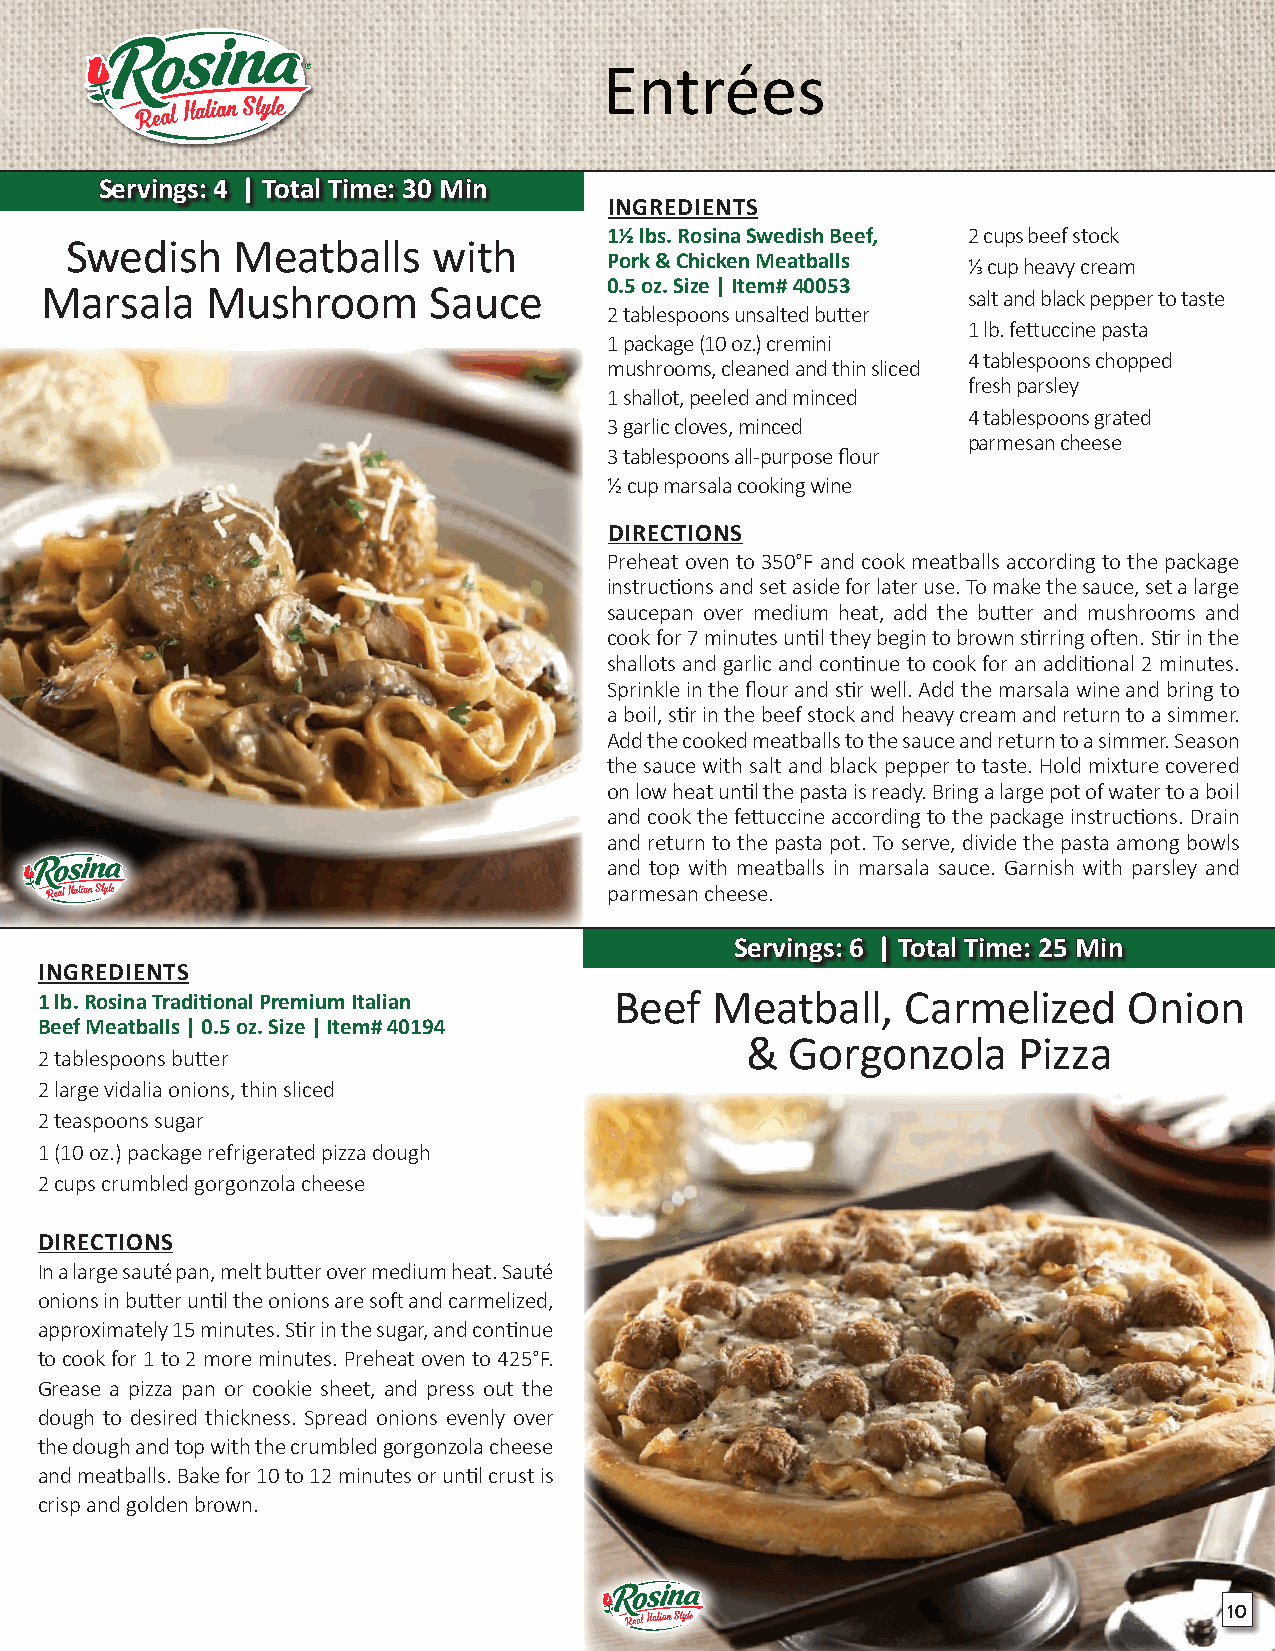
Entrées
 SSeerrvviinnggss:: 44 || TToottaall TTiimmee:: 3300 MMiinn
 INGREDIENTS
 1½ lbs. Rosina Swedish Beef, 2 cups beef stock
 Swedish    Meatballs     with
 Pork & Chicken Meatballs ⅓ cup heavy cream
 0.5 oz. Size | Item# 40053
 Marsala    Mushroom      Sauce                               salt and black pepper to taste
 2 tablespoons unsalted butter
 1 lb. fettuccine pasta
 1 package (10 oz.) cremini
 4 tablespoons chopped
 mushrooms, cleaned and thin sliced
 fresh parsley
 1 shallot, peeled and minced
 4 tablespoons grated
 3 garlic cloves, minced
 parmesan cheese
 3 tablespoons all-purpose flour
 ½ cup marsala cooking wine
 DIRECTIONS
 Preheat oven to 350°F and cook meatballs according to the package
 instructions and set aside for later use. To make the sauce, set a large
 saucepan over medium heat, add the butter and mushrooms and
 cook for 7 minutes until they begin to brown stirring often. Stir in the
 shallots and garlic and continue to cook for an additional 2 minutes.
 Sprinkle in the flour and stir well. Add the marsala wine and bring to
 a boil, stir in the beef stock and heavy cream and return to a simmer.
 Add the cooked meatballs to the sauce and return to a simmer. Season
 the sauce with salt and black pepper to taste. Hold mixture covered
 on low heat until the pasta is ready. Bring a large pot of water to a boil
 and cook the fettuccine according to the package instructions. Drain
 and return to the pasta pot. To serve, divide the pasta among bowls
 and top with meatballs in marsala sauce. Garnish with parsley and
 parmesan cheese.
 SSeerrvviinnggss:: 66 || TToottaall TTiimmee:: 2255 MMiinn
 INGREDIENTS
 1 lb. Rosina Traditional Premium Italian Beef Meatball,   Carmelized     Onion
 Beef Meatballs | 0.5 oz. Size | Item# 40194
 &  Gorgonzola     Pizza
 2 tablespoons butter
 2 large vidalia onions, thin sliced
 2 teaspoons sugar
 1 (10 oz.) package refrigerated pizza dough
 2 cups crumbled gorgonzola cheese
 DIRECTIONS
 In a large sauté pan, melt butter over medium heat. Sauté
 onions in butter until the onions are soft and carmelized,
 approximately 15 minutes. Stir in the sugar, and continue
 to cook for 1 to 2 more minutes. Preheat oven to 425°F.
 Grease a pizza pan or cookie sheet, and press out the
 dough to desired thickness. Spread onions evenly over
 the dough and top with the crumbled gorgonzola cheese
 and meatballs. Bake for 10 to 12 minutes or until crust is
 crisp and golden brown.
 10